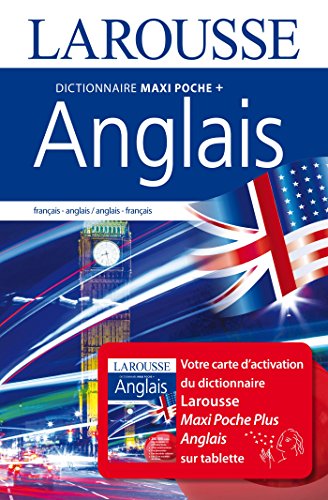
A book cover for Dictionnaire Larousse Maxipoche Plus Anglais-Francais / Francais - Anglais (English and French Edition); Collectif; Reference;